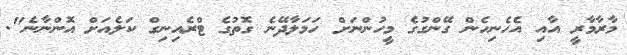
މާރާމާރީ އާއި އެހެނިހެން ގޭންގުގެ މީހުންނަށް ހަމަލާދޭނެ ގޮތުގެ ޓްރެއިނިގް ކަލެއަށް އޮންނާނެ".